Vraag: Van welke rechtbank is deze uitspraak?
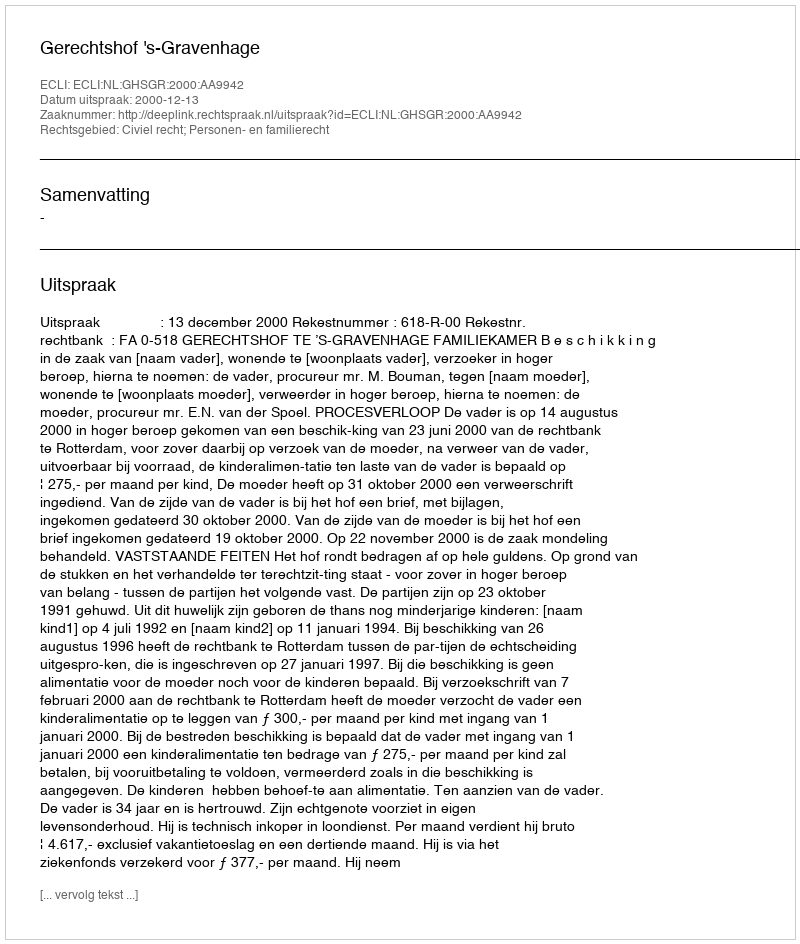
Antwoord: Gerechtshof 's-Gravenhage